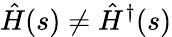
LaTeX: \hat{H}(s)\neq\hat{H}^{\dagger}(s)